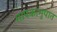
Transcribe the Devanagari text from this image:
मापकानुपात